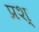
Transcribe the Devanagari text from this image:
प्रश्